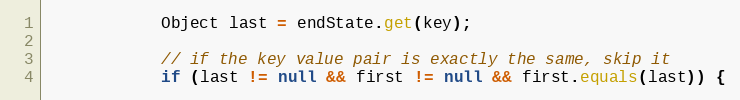
Language: Java
            Object last = endState.get(key);

            // if the key value pair is exactly the same, skip it
            if (last != null && first != null && first.equals(last)) {